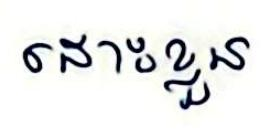
ដោះខ្លួន